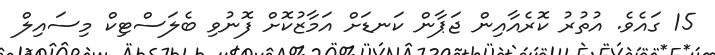
15 ގައެވެ. އުތުރު ކޮރެއާއިން ޖަޕާން ކަނޑަށް އަމާޒުކޮށް ފޮނުވި ބެލަސްޓިކް މިސައިލް